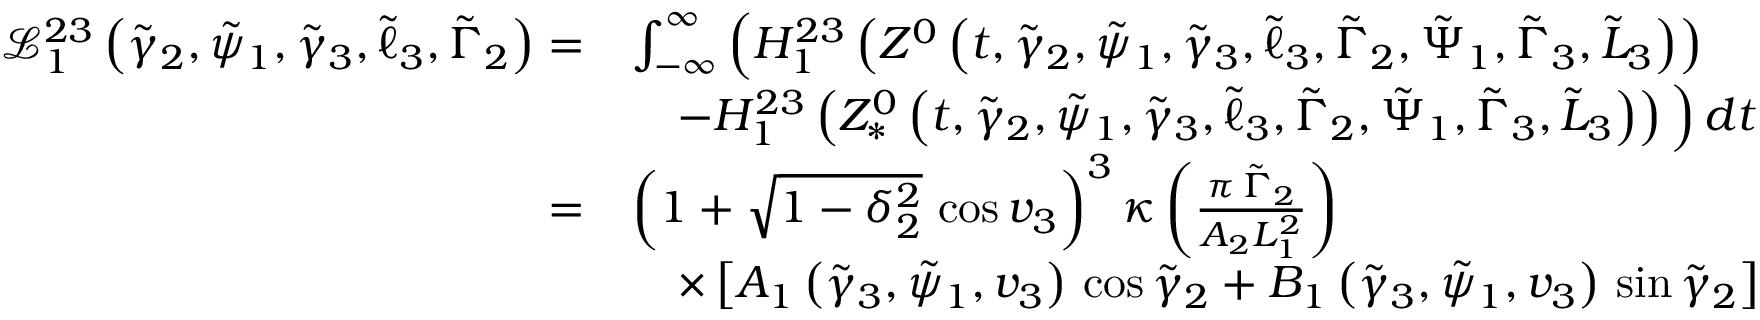
\begin{array} { r l } { \mathcal { L } _ { 1 } ^ { 2 3 } \left( \tilde { \gamma } _ { 2 } , \tilde { \psi } _ { 1 } , \tilde { \gamma } _ { 3 } , \tilde { \ell } _ { 3 } , \tilde { \Gamma } _ { 2 } \right) = } & { \int _ { - \infty } ^ { \infty } \Big ( H _ { 1 } ^ { 2 3 } \left( Z ^ { 0 } \left( t , \tilde { \gamma } _ { 2 } , \tilde { \psi } _ { 1 } , \tilde { \gamma } _ { 3 } , \tilde { \ell } _ { 3 } , \tilde { \Gamma } _ { 2 } , \tilde { \Psi } _ { 1 } , \tilde { \Gamma } _ { 3 } , \tilde { L } _ { 3 } \right) \right) } \\ & { \quad - H _ { 1 } ^ { 2 3 } \left( Z _ { * } ^ { 0 } \left( t , \tilde { \gamma } _ { 2 } , \tilde { \psi } _ { 1 } , \tilde { \gamma } _ { 3 } , \tilde { \ell } _ { 3 } , \tilde { \Gamma } _ { 2 } , \tilde { \Psi } _ { 1 } , \tilde { \Gamma } _ { 3 } , \tilde { L } _ { 3 } \right) \right) \Big ) \, d t } \\ { = } & { \left( 1 + \sqrt { 1 - \delta _ { 2 } ^ { 2 } } \, \cos v _ { 3 } \right) ^ { 3 } \kappa \left( \frac { \pi \, \tilde { \Gamma } _ { 2 } } { A _ { 2 } L _ { 1 } ^ { 2 } } \right) } \\ & { \quad \times \left[ A _ { 1 } \left( \tilde { \gamma } _ { 3 } , \tilde { \psi } _ { 1 } , v _ { 3 } \right) \, \cos \tilde { \gamma } _ { 2 } + B _ { 1 } \left( \tilde { \gamma } _ { 3 } , \tilde { \psi } _ { 1 } , v _ { 3 } \right) \, \sin \tilde { \gamma } _ { 2 } \right] } \end{array}